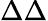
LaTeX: \Delta\Delta